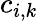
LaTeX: c_{i,k}